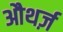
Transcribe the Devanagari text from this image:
औथर्ज़